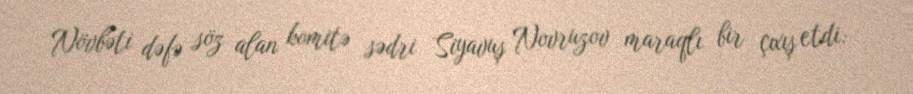
Növbəti dəfə söz alan komitə sədri Siyavuş Novruzov maraqlı bir çıxış etdi: